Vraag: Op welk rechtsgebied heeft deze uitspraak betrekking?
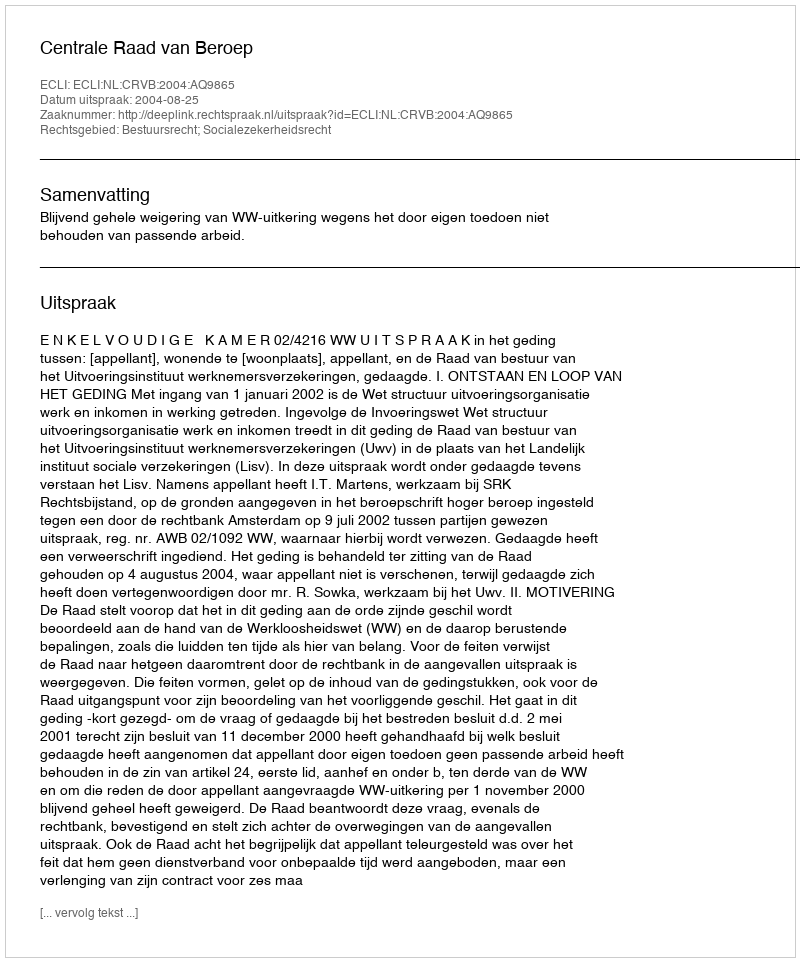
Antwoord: Bestuursrecht; Socialezekerheidsrecht